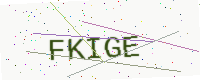
Text: FKIGE